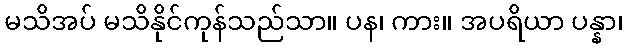
မသိအပ် မသိနိုင်ကုန်သည်သာ။ ပန၊ ကား။ အပရိယာ ပန္နာ၊